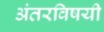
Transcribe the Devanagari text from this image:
अंतरविषयी